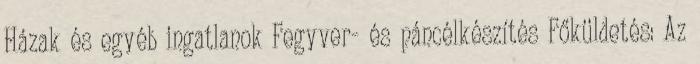
Házak és egyéb ingatlanok Fegyver- és páncélkészítés Főküldetés: Az